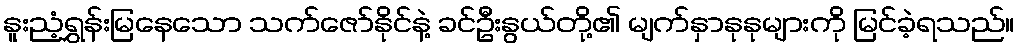
နူးညံ့ရွှန်းမြနေသော သက်ဇော်နိုင်နဲ့ ခင်ဦးနွယ်တို့၏ မျက်နှာနုနုများကို မြင်ခဲ့ရသည်။